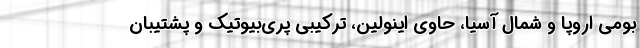
بومی اروپا و شمال آسیا، حاوی اینولین، ترکیبی پری‌بیوتیک و پشتیبان